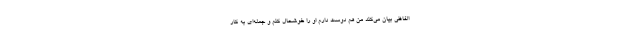
الفاظی بیان می‌کند من هم دوست دارم او را خوشحال کنم و جمله‌ای به کار